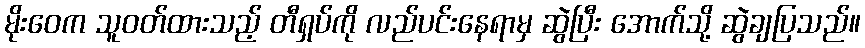
မိုးဝေက သူဝတ်ထားသည့် တီရှပ်ကို လည်ပင်းနေရာမှ ဆွဲပြီး အောက်သို့ ဆွဲချပြသည်။